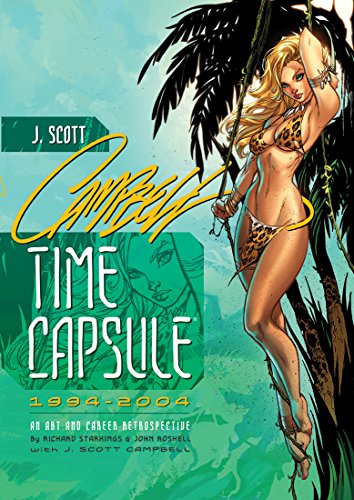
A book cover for J. Scott Campbell: Time Capsule; Richard Starkings; Arts & Photography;